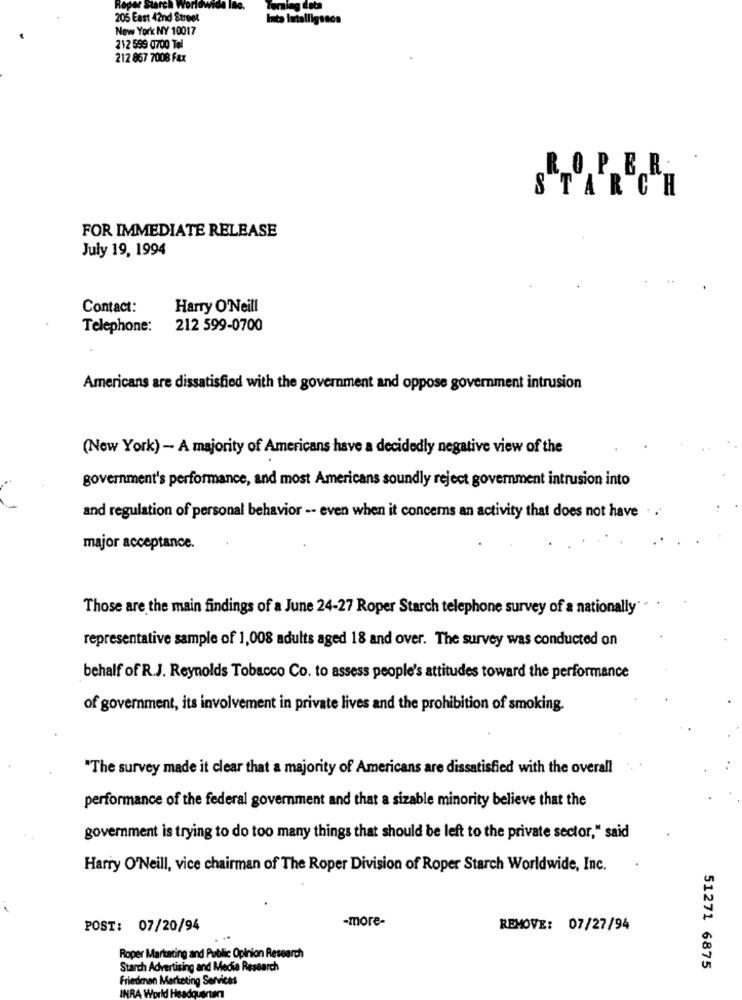
Roper Starch
World
data
205 East 42nd Street
Inta Intelligence
New York NY 10017
212 599 0700 Tel
212 867 7008 Fax
ROPER.
STARCH
FOR IMMEDIATE RELEASE
July 19, 1994
Contact:
Harry O'Neill
Telephone:
212 599-0700
Americans are dissatisfied with the government and oppose government intrusion
(New York) - A majority of Americans have a decidedly negative view of the
government's performance, and most Americans soundly reject government intrusion into
and regulation of personal behavior -- even when it concerns an activity that does not have . .
major acceptance.
Those are the main findings of a June 24-27 Roper Starch telephone survey of a nationally
representative sample of 1,008 adults aged 18 and over. The survey was conducted on
behalf of R.J. Reynolds Tobacco Co. to assess people's attitudes toward the performance
of government, its involvement in private lives and the prohibition of smoking.
"The survey made it clear that a majority of Americans are dissatisfied with the overall
performance of the federal government and that a sizable minority believe that the
government is trying to do too many things that should be left to the private sector," said
Harry O'Neill, vice chairman of The Roper Division of Roper Starch Worldwide, Inc.
-more-
POST: 07/20/94
REMOVE: 07/27/94
Roper Marketing and Public Opinion Research
Starch Advertising and Media Research
51271 6875
Friedman Marketing Services
INRA World Headqu